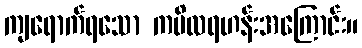
ကျရောက်ရသော ကပိလရဟန်းအကြောင်း။